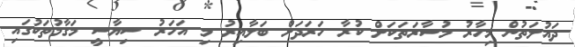
ދައުލަތުން މިހާރު މުސާރަތަކަށް ކުރާ ހަރަދަށް ބަލާއިރު މި އަހަރު ސިޔާސީ މަގާމުތަކުގައި